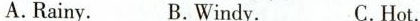
A.Rainy. B.Windy. C.Hot.